Vaccination North-Western Provinces 1866-1877 - 1866-1877
Year: 1866
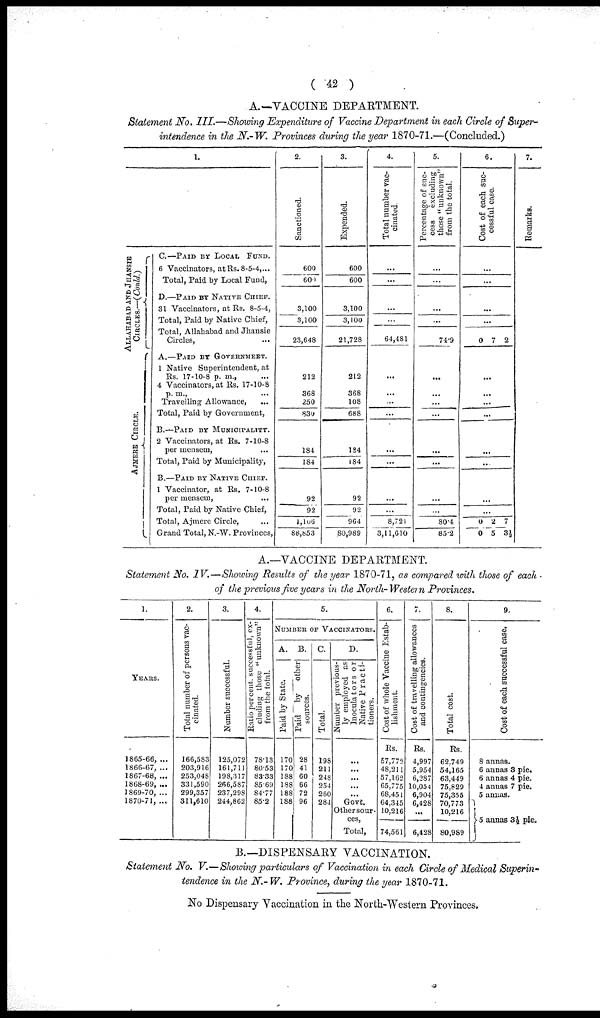
( 42 )
A.—VACCINE DEPARTMENT.
Statement No. III.—Showing Expenditure of Vaccine Department in each Circle of Super-
intendence in the N.-W. Provinces during the year 1870-71.—(Concluded.)
1.
ALLAHABAD AND JHANSIE
CIRCLES.—(Conld.)
AJMERE CIRCLE.
C.—PAID BY LOCAL FUND.
6 Vaccinators, at Rs. 8-5-4,...
Total, Paid by Local Fund,
D.—PAID BY NATIVE CHIEF.
31 Vaccinators, at Rs. 8-5-4,
Total, Paid by Native Chief,
Total, Allahabad and Jhansie
Circles, ...
A.—PAID BY GOVERNMENT.
1 Native Superintendent, at
Rs. 17-10-8 p. m.,
4 Vaccinators, at Rs. 17-10-8
p.m., ...
Travelling Allowance, ...
Total, Paid by Government,
B.—PAID BY MUNICIPALITY.
2 Vaccinators, at Rs. 7-10-8
per mensem, ...
Total, Paid by Municipality,
B.—PAID BY NATIVE CHIEF.
1 Vaccinator, at Rs. 7-10-8
per mensem, ...
Total, Paid by Native Chief,
Total, Ajmere Circle, ...
Grand Total, N.-W. Provinces,
2.
Sanctioned.
600
600
3,100
3,100
23,648
212
368
250
830
184
184
92
92
1,106
88,853
3.
Expended.
600
600
3,100
3,100
21,728
212
368
108
688
184
184
92
92
964
80,989
4.
Total number vac-
cinated
...
...
...
...
64,481
...
...
...
...
...
...
...
...
8,721
3,11,610
5.
Percentage of suc-
cess
excluding
those "unknown"
from the total.
...
...
...
...
74.9
...
...
...
...
...
...
...
...
80.4
85.2
6.
Cost of each suc-
cessful case.
...
...
...
...
0 7 2
...
...
...
...
...
...
...
...
0
0
2
5
7
3½
7.
Remarks.
A.—VACCINE DEPARTMENT.
Statement No. IV.—Showing Results of the year 1870-71, as compared with those of each .
of the previous five years in the North-Western Provinces.
1.
YEARS.
1865-66, ...
1866-67, ...
1867-68, ...
1868-69, ...
1869-70, ...
1870-71, ...
2.
Total number of persons vac-
cinated.
166,583
203,916
253,048
331,590
299,357
311,610
3.
Number successful.
125,072
161,711
198,317
266,587
237,298
244,862
4.
Ratio percent, successful, ex-
cluding those "unknown"
from the total.
78.13
80.53
83.33
85.69
84.77
85.2
5.
NUMBER OF VACCINATORS.
A.
Paid by State.
170
170
188
188
188
188
B.
Paid
by
other
sources.
28
41
60
66
72
96
C.
Total.
198
211
248
254
260
284
D.
Number previous-
ly employed as
Inoculators or
Native Practi¬
tioners.
...
...
...
...
...
Govt.
Other sour¬
ces,
Total,
6.
Cost of whole Vaccine Estab-
lishment.
Rs.
57,772
48,211
57,162
65,775
68,451
64,345
10,216
74,561
7.
Cost of travelling allowances
and contingencies.
Rs.
4,997
5,954
6,287
10,054
6,904
6,428
...
6,428
8.
Total cost.
Rs.
62,749
54,165
63,449
75,829
75,355
70,773
10,216
80,989
9.
Cost of each successful case.
8 annas.
6 annas 3 pie.
6 annas 4 pie.
4 annas 7 pie.
5 annas.
5 annas 3½ pie.
B.—DISPENSARY VACCINATION.
Statement No. V.—Showing particulars of Vaccination in each Circle of Medical Superin-
tendence in the N.-W. Province, during the year 1870-71.
No Dispensary Vaccination in the North-Western Provinces.